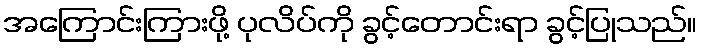
အကြောင်းကြားဖို့ ပုလိပ်ကို ခွင့်တောင်းရာ ခွင့်ပြုသည်။